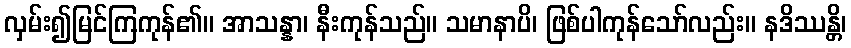
လှမ်း၍မြင်ကြကုန်၏။ အာသန္နာ၊ နီးကုန်သည်။ သမာနာပိ၊ ဖြစ်ပါကုန်သော်လည်း။ နဒိဿန္တိ၊